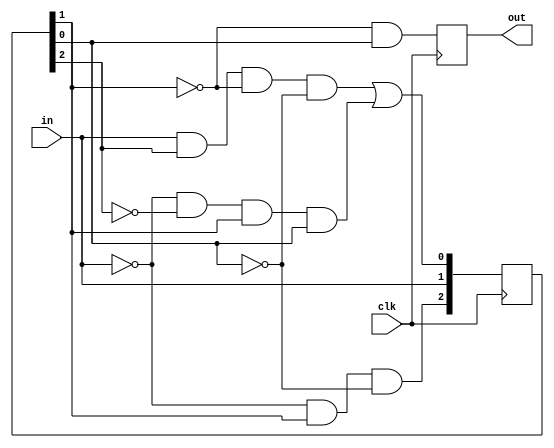
module moore_1010_detect(in, out, clk);

	input in, clk;
	output reg out;
	
	reg [2:0] state = 3'b000;	//state of the moore machine
	
	wire d0, d1, d2;			//wires to route data to update the state at the posedge
	
	
	//these operations are the result of the moore machine diagram for 1010, i will upload the diagram to my github
	assign d2 = !in && state[1] && !state[0];
	assign d1 = in;
	assign d0 = (in && state[2] && !state[1] && !state[0]) || (!in && !state[2] && state[1] && state[0]);
	assign wout = !state[1] && state[0];
	
	//update the state of the machine
	always @ (posedge clk) begin
		
		state[2] = d2;
		state[1] = d1;
		state[0] = d0;
		out = wout;		//result of the previous state to output
		
		
	end
	
	
	
endmodule